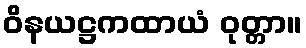
ဝိနယဋ္ဌကထာယံ ဝုတ္တာ။